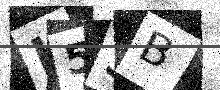
Text: K53B